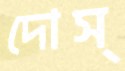
দোস্